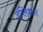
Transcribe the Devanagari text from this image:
इंग्लिशवर